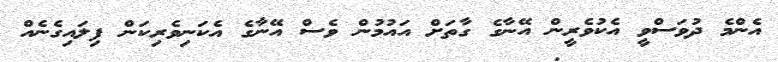
އެންމެ ދުވަސްވީ އެކުވެރީން އޭނާގެ ގާތަށް އައުމުން ވެސް އޭނާގެ އެކަނިވެރިކަން ފިލައިގެނެއް